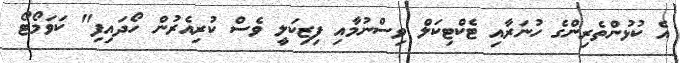
އެ ކުޅުންތެރިންގެ ހުނަރާއި ޓެކްޓިކަލް ވިސްނުމާއި ފިޒިކަލީ ވެސް ކުރިއެރުން ހޯދައިފި" ކަވަމޯޓޯ